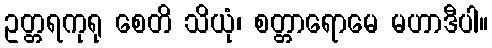
ဥတ္တရကုရု စေတိ သိယုံ၊ စတ္တာရောမေ မဟာဒီပါ။